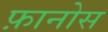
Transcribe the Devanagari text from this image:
फ़ानोस